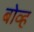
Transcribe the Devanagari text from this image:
बोव्ह